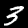
Label: 3